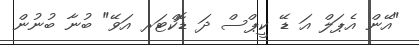
"އޭން އެޕަލް އަ ޑޭ ކީޕްސް ދަ ޑޮކްޓަރ އަވޭ" ބުނާ ބުނުން